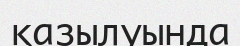
қазылуында